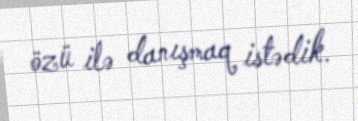
özü ilə danışmaq istədik.